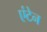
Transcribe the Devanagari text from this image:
एंटेन